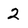
Character: 2